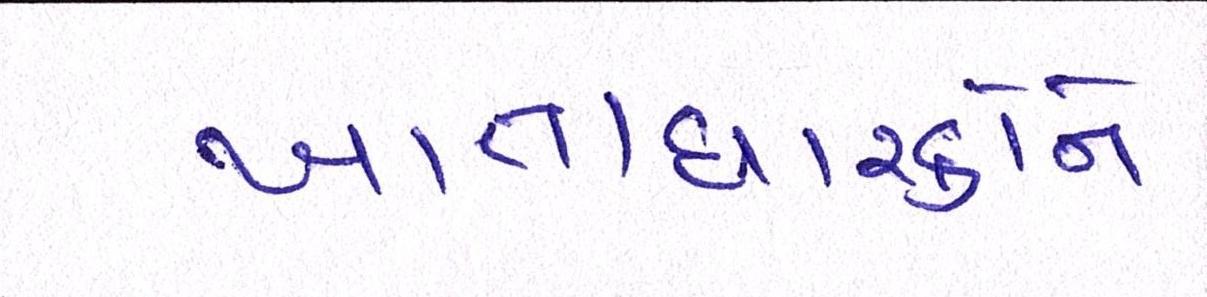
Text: ખાતાધારકોને